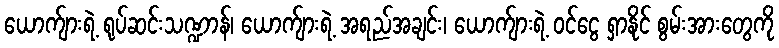
ယောက်ျားရဲ့ ရုပ်ဆင်းသဏ္ဍာန်၊ ယောက်ျားရဲ့ အရည်အချင်း၊ ယောက်ျားရဲ့ ဝင်ငွေ ရှာနိုင် စွမ်းအားတွေကို